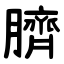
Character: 臍